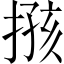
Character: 𢱙